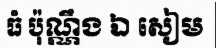
ធំ ប៉ុណ្ណឹង ឯ សៀម